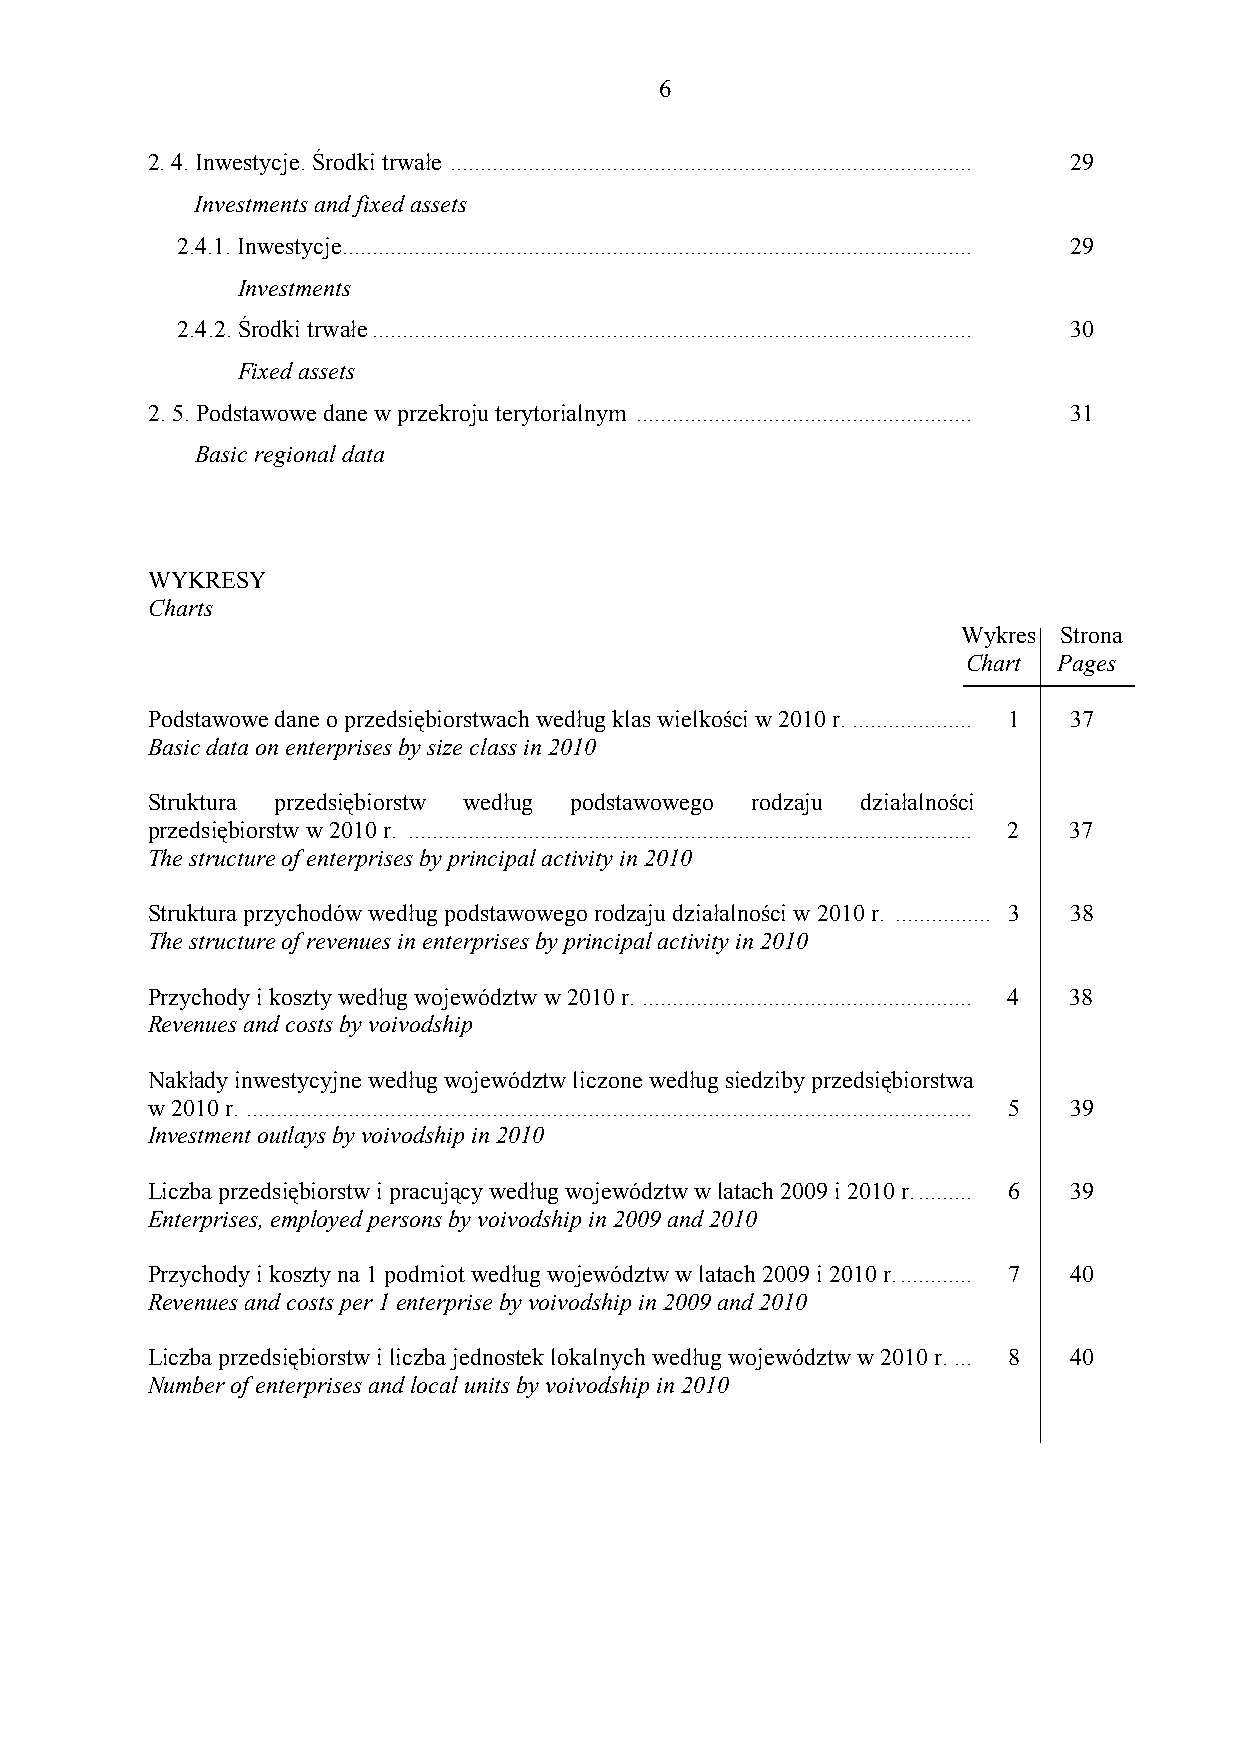
6
 2. 4. Inwestycje. Środki trwałe ....................................................................................... 29
 Investments and fixed assets
 2.4.1. Inwestycje......................................................................................................... 29
 Investments
 2.4.2. Środki trwałe.................................................................................................... 30
 Fixed assets
 2. 5. Podstawowe dane w przekroju terytorialnym ........................................................ 31
 Basic regional data
 WYKRESY
 Charts
 Wykres Strona
 Chart Pages
 Podstawowe dane o przedsiębiorstwach według klas wielkości w 2010 r. .................... 1 37
 Basic data on enterprises by size class in 2010
 Struktura przedsiębiorstw według podstawowego rodzaju działalności
 przedsiębiorstw w 2010 r. .............................................................................................. 2 37
 The structure of enterprises by principal activity in 2010
 Struktura przychodów według podstawowego rodzaju działalności w 2010 r. ................ 3 38
 The structure of revenues in enterprises by principal activity in 2010
 Przychody i koszty według województw w 2010 r. ....................................................... 4 38
 Revenues and costs by voivodship
 Nakłady inwestycyjne według województw liczone według siedziby przedsiębiorstwa
 w 2010 r. ......................................................................................................................... 5 39
 Investment outlays by voivodship in 2010
 Liczba przedsiębiorstw i pracujący według województw w latach 2009 i 2010 r.......... 6 39
 Enterprises, employed persons by voivodship in 2009 and 2010
 Przychody i koszty na 1 podmiot według województw w latach 2009 i 2010 r............. 7 40
 Revenues and costs per 1 enterprise by voivodship in 2009 and 2010
 Liczba przedsiębiorstw i liczba jednostek lokalnych według województw w 2010 r. ... 8 40
 Number of enterprises and local units by voivodship in 2010